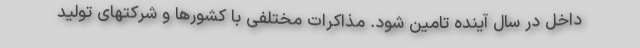
داخل در سال آینده تامین شود. مذاکرات مختلفی با کشورها و شرکتهای تولید